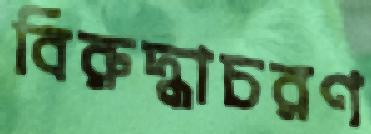
বিরুদ্ধাচরণ